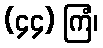
(၄၄) ကြံ၊